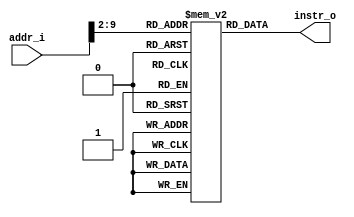
module Instruction_Memory(
    addr_i, // inst_addr
    instr_o // inst
);

// Interface
input   [31:0]  addr_i;
output  [31:0]  instr_o;

// Instruction memory
reg     [31:0]  memory[0:255];

assign  instr_o = memory[addr_i >> 2];  

endmodule